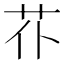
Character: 𦬙